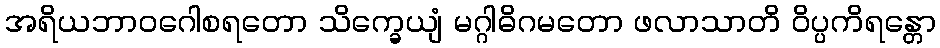
အရိယဘာဝဂေါစရတော သိက္ခေယျံ မဂ္ဂါဓိဂမတော ဖလာသာတိ ဝိပ္ပကိရန္တော